Report on sanitation, dispensaries, and jails in Rajputana for 1909, and on vaccination for the year 1909-1910 - 1909-1910
Year: 1909
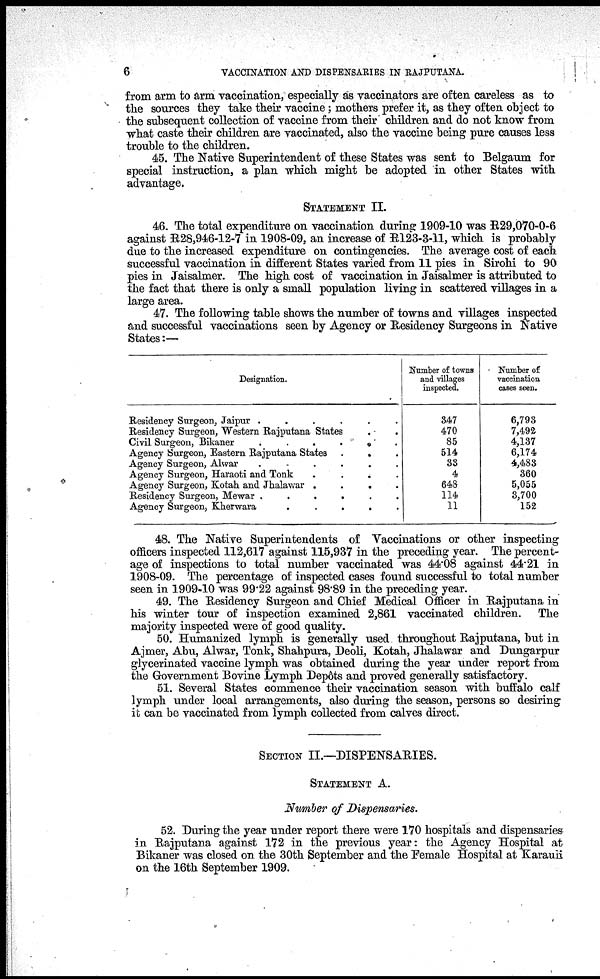
6
VACCINATION AND DISPENSARIES IN RAJPUTANA.
from arm to arm vaccination, especially as vaccinators are often careless as to
the sources they take their vaccine; mothers prefer it, as they often object to
the subsequent collection of vaccine from their children and do not know from
what caste their children are vaccinated, also the vaccine being pure causes less
trouble to the children.
45. The Native Superintendent of these States was sent to Belgaum for
special instruction, a plan which might be adopted in other States with
advantage.
STATEMENT II.
46. The total expenditure on vaccination during: 1909-10 was R29,070-0-6
against R28,946-12-7 in 1908-09, an increase of R123-3-11, which is probably
due to the increased expenditure on contingencies. The average cost of each
successful vaccination in different States varied from 11 pies in Sirohi to 90
pies in Jaisalmer. The high cost of vaccination in Jaisalmer is attributed to
the fact that there is only a small population living in scattered villages in a
large area.
47. The following table shows the number of towns and villages inspected
and successful vaccinations seen by Agency or Residency Surgeons in Native
States:—
Designation.
Residency Surgeon, Jaipur .
.
.
.
.
.
Residency Surgeon, Western Rajputana States . .
Civil Surgeon, Bikaner
.
.
.
.
.
.
Agency Surgeon, Eastern Rajputana States .
.
Agency Surgeon, Alwar
.
.
.
.
.
.
Agency Surgeon, Haraoti and Tonk
....
Agency Surgeon, Kotah and Jhalawar .
.
.
.
Residency Surgeon, Mewar .
.
.
.
.
.
Agency Surgeon, Kherwara
.
.
.
.
.
Number of towns
and villages
inspected.
347
470
85
514
33
4
648
114
11
Number of
vaccination
cases seen.
6,793
7,492
4,137
6,174
4,483
360
5,055
3,700
152
48. The Native Superintendents of Vaccinations or other inspecting
officers inspected 112,617 against 115,937 in the preceding year. The percent-
age of inspections to total number vaccinated was 44.08 against 44.21 in
1908-09. The percentage of inspected cases found successful to total number
seen in 1909-10 was 99.22 against 98.89 in the preceding year.
49. The Residency Surgeon and Chief Medical Officer in Rajputana in
his winter tour of inspection examined 2,861 vaccinated children. The
majority inspected were of good quality.
50. Humanized lymph is generally used throughout Rajputana, but in
Ajmer, Abu, Alwar, Tonk, Shahpura, Deoli, Kotah, Jhalawar and Dungarpur
glycerinated vaccine lymph was obtained during the year under report from
the Government Bovine Lymph Depôts and proved generally satisfactory.
51. Several States commence their vaccination season with buffalo calf
lymph under local arrangements, also during the season, persons so desiring
it can be vaccinated from lymph collected from calves direct.
SECTION II.—DISPENSARIES.
STATEMENT A.
Number of Dispensaries.
52. During the year under report there were 170 hospitals and dispensaries
in Rajputana against 172 in the previous year: the Agency Hospital at
Bikaner was closed on the 30th September and the Female Hospital at Karauli
on the 16th September 1909.